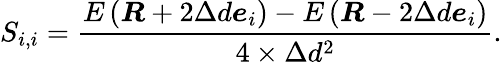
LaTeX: {S}_{{i},{i}}=\frac{{E}\left(\boldsymbol{R}+2\Delta{d}\boldsymbol{e}_{i}\right)-E\left(\boldsymbol{R}-2\Delta{d}\boldsymbol{e}_{i}\right)}{4\times\Delta{d}^{2}}.